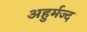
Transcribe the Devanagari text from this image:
अहुर्मज्द